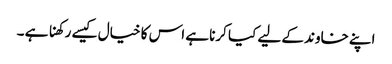
اپنے خاوند کے لیے کیا کرنا ہے اس کا خیال کیسے رکھنا ہے ۔